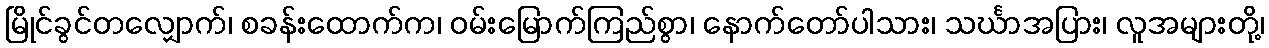
မြိုင်ခွင်တလျှောက်၊ စခန်းထောက်က၊ ဝမ်းမြောက်ကြည်စွာ၊ နောက်တော်ပါသား၊ သင်္ဃာအပြား၊ လူအများတို့၊